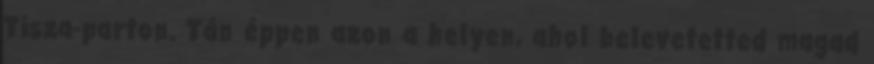
Tisza-parton. Tán éppen azon a helyen, ahol belevetetted magad